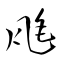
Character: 瓱